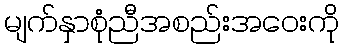
မျက်နှာစုံညီအစည်းအဝေးကို